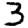
Digit: 3